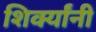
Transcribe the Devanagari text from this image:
शिर्क्यांनी